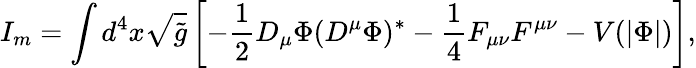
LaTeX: I_{m}=\int d^{4}x\sqrt{{\tilde{g}}}\left[-\frac{1}{2}D_{\mu}\Phi(D^{\mu}\Phi)^{*}-\frac{1}{4}F_{\mu\nu}F^{\mu\nu}-V(|\Phi|)\right],